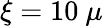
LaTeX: \xi=10~\mu